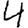
Digit: 4